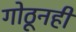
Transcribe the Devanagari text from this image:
गोठूनही